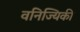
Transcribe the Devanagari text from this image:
वनिज्यिकी